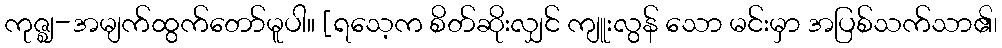
ကုဇ္ဈ-အမျက်ထွက်တော်မူပါ။ [ရသေ့က စိတ်ဆိုးလျှင် ကျူးလွန် သော မင်းမှာ အပြစ်သက်သာ၏၊